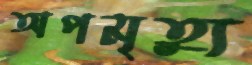
অপমৃত্যু